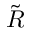
\tilde { R }